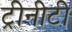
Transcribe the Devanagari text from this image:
ट्रीनीटी